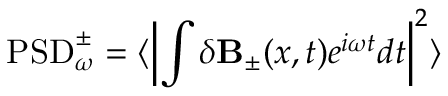
\mathrm { P S D } _ { \omega } ^ { \pm } = \langle \left| \int \delta { \bf B } _ { \pm } ( x , t ) e ^ { i \omega t } d t \right| ^ { 2 } \rangle